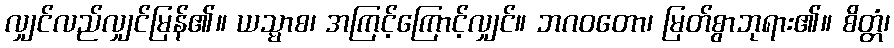
လျှင်လည်လျှင်မြန်၏။ ယသ္မာစ၊ အကြင့်ကြောင့်လျှင်။ ဘဂဝတော၊ မြတ်စွာဘုရား၏။ စိတ္တံ၊